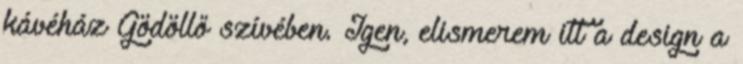
kávéház Gödöllő szívében. Igen, elismerem itt a design a